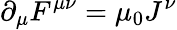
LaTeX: \partial_{\mu}F^{\mu\nu}=\mu_{0}J^{\nu}